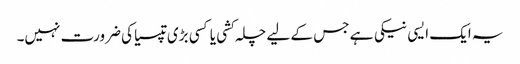
یہ ایک ایسی نیکی ہے جس کے لیے چلہ کشی یا کسی بڑی تپسیا کی ضرورت نہیں۔